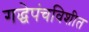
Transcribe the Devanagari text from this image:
गद्धेपंचविशीत